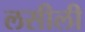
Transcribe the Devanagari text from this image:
लसीली